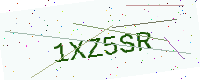
Text: 1XZ5SR